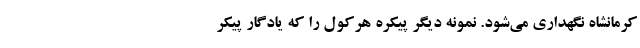
کرمانشاه نگهداری می‌شود. نمونه دیگر پیکره هرکول را که یادگار پیکر